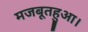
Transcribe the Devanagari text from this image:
मजबूतहुआ।